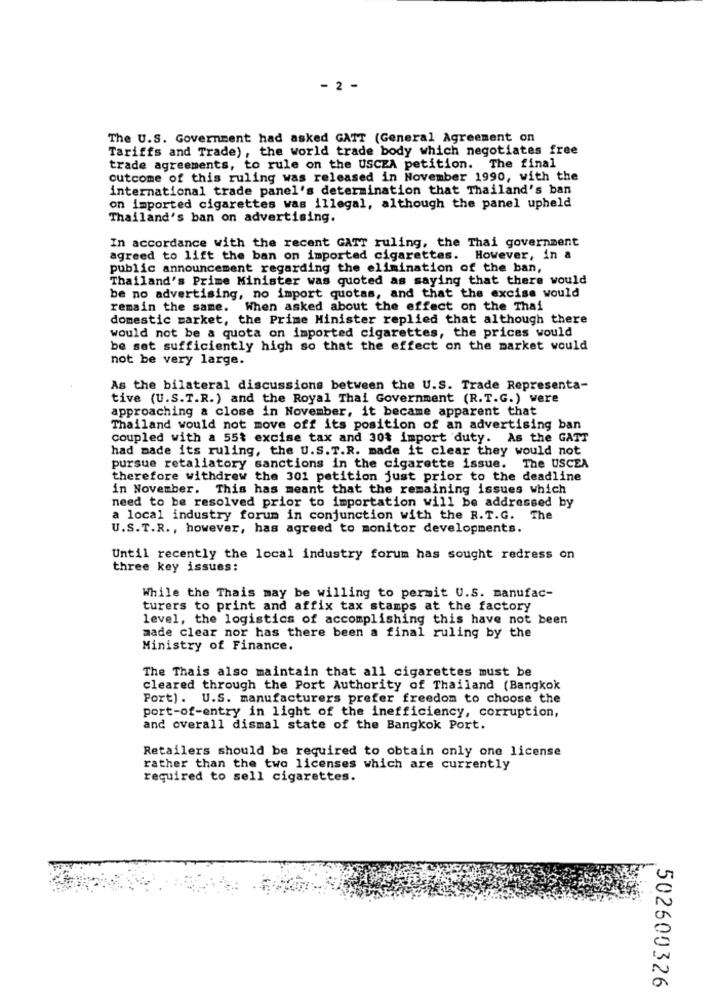
- 2 -
The U.S. Government had asked GATT (General Agreement on
Tariffs and Trade), the world trade body which negotiates free
trade agreements, to rule on the USCEA petition. The final
outcome of this ruling was released in November 1990, with the
international trade panel's determination that Thailand's ban
on imported cigarettes was illegal, although the panel upheld
Thailand's ban on advertising.
In accordance with the recent GATT ruling, the Thai government
agreed to lift the ban on imported cigarettes. However, in a
public announcement regarding the elimination of the ban,
Thailand's Prime Minister was quoted as saying that there would
be no advertising, no import quotas, and that the excise would
remain the same. When asked about the effect on the Thai
domestic market, the Prime Minister replied that although there
would not be a quota on imported cigarettes, the prices would
be set sufficiently high so that the effect on the market would
not be very large.
As the bilateral discussions between the U.S. Trade Representa-
tive (U.S.T.R.) and the Royal Thai Government (R.T.G.) were
approaching a close in November, it became apparent that
Thailand would not move off its position of an advertising ban
coupled with a 55% excise tax and 30% import duty. As the GATT
had made its ruling, the U.S. T.R. made it clear they would not
pursue retaliatory sanctions in the cigarette issue. The USCEA
therefore withdrew the 301 petition just prior to the deadline
in November. This has meant that the remaining issues which
need to be resolved prior to importation will be addressed by
a local industry forum in conjunction with the R.T.G. The
U.S.T.R ., however, has agreed to monitor developments.
Until recently the local industry forum has sought redress on
three key issues:
While the Thais may be willing to permit U.S. manufac-
turers to print and affix tax stamps at the factory
level, the logistics of accomplishing this have not been
made clear nor has there been a final ruling by the
Ministry of Finance.
The Thais also maintain that all cigarettes must be
cleared through the Port Authority of Thailand (Bangkok
Port). U.S. manufacturers prefer freedom to choose the
port-of-entry in light of the inefficiency, corruption,
and overall dismal state of the Bangkok Port.
Retailers should be required to obtain only one license
rather than the two licenses which are currently
required to sell cigarettes.
502600326